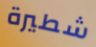
شطيرة